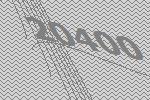
20400